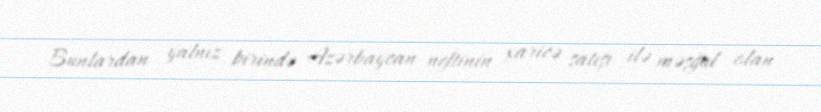
Bunlardan yalnız birində Azərbaycan neftinin xaricə satışı ilə məşğul olan